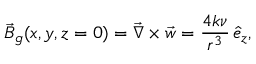
\vec { B } _ { g } ( x , y , z = 0 ) = \vec { \nabla } \times \vec { w } = \frac { 4 k \nu } { r ^ { 3 } } \, \hat { e } _ { z } ,